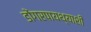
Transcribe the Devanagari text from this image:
डोंगरपायथ्याशी